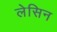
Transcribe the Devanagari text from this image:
लेसिन